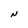
Character: N